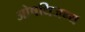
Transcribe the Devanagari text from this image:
ओषधिजन्य